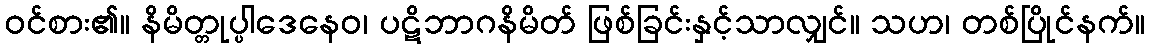
ဝင်စား၏။ နိမိတ္တုပ္ပါဒေနေဝ၊ ပဋိဘာဂနိမိတ် ဖြစ်ခြင်းနှင့်သာလျှင်။ သဟ၊ တစ်ပြိုင်နက်။